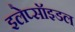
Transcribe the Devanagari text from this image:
इलेप्सॉइडल